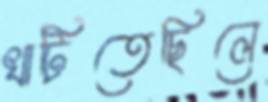
খাটিতেছিলে